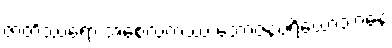
ဇာတိဿရော အစေလကဿ ဘောဇနပရိယောသာနေ